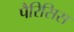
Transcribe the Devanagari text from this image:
पैरिसिस